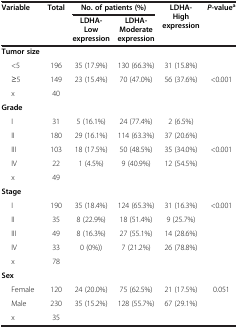
| <ROWSPAN=2> Variable | <ROWSPAN=2> Total | <COLSPAN=2> No. of patients (%) | <ROWSPAN=2> LDHA-High expression | <ROWSPAN=2> P-valuea |
 | LDHA-Low expression | LDHA-Moderate expression |
 | --- | --- | --- | --- | --- | --- |
 | Tumor size |  |  |  |  |  |
 | <5 | 196 | 35 (17.9%) | 130 (66.3%) | 31 (15.8%) |  |
 | ≥5 | 149 | 23 (15.4%) | 70 (47.0%) | 56 (37.6%) | <0.001 |
 | x | 40 |  |  |  |  |
 | Grade |  |  |  |  |  |
 | I | 31 | 5 (16.1%) | 24 (77.4%) | 2 (6.5%) |  |
 | II | 180 | 29 (16.1%) | 114 (63.3%) | 37 (20.6%) |  |
 | III | 103 | 18 (17.5%) | 50 (48.5%) | 35 (34.0%) | <0.001 |
 | IV | 22 | 1 (4.5%) | 9 (40.9%) | 12 (54.5%) |  |
 | x | 49 |  |  |  |  |
 | Stage |  |  |  |  |  |
 | I | 190 | 35 (18.4%) | 124 (65.3%) | 31 (16.3%) | <0.001 |
 | II | 35 | 8 (22.9%) | 18 (51.4%) | 9 (25.7%) |  |
 | III | 49 | 8 (16.3%) | 27 (55.1%) | 14 (28.6%) |  |
 | IV | 33 | 0 (0%)) | 7 (21.2%) | 26 (78.8%) |  |
 | x | 78 |  |  |  |  |
 | Sex |  |  |  |  |  |
 | Female | 120 | 24 (20.0%) | 75 (62.5%) | 21 (17.5%) | 0.051 |
 | Male | 230 | 35 (15.2%) | 128 (55.7%) | 67 (29.1%) |  |
 | x | 35 |  |  |  |  |